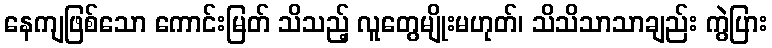
နေကျဖြစ်သော ကောင်းမြတ် သိသည့် လူတွေမျိုးမဟုတ်၊ သိသိသာသာချည်း ကွဲပြား